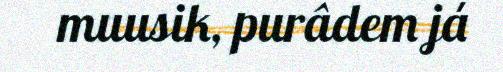
muusik, purâdem já